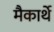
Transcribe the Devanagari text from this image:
मैकार्थे